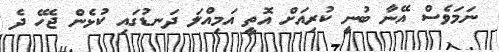
ނަމަވެސް އޭނާ ބުނީ ކުރިއަށް އޮތީ އަމިއްލަ ދަނޑުގައި ކުޅެން ޖެހޭ ދެ